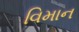
વિમાન